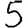
Digit: 5